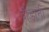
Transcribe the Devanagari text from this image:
दौड़ानी